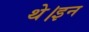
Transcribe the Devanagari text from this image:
थे।इन